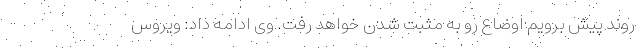
روند پیش برویم اوضاع رو به مثبت شدن خواهد رفت. وی ادامه داد: ویروس